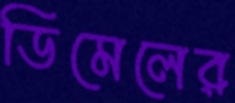
ডিমেলের